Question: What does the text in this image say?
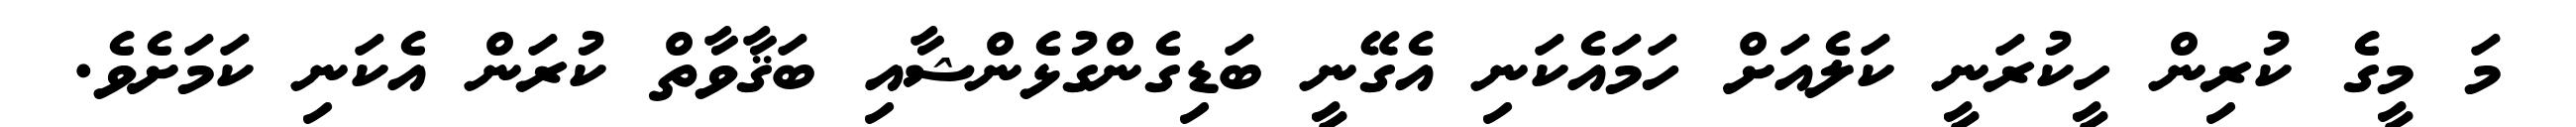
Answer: މަ މީގެ ކުރިން ހީކުރަނީ ކަލެއަށް ހަމައެކަނި އެގޭނީ ބަޑިގެންގުޅެންޝާއި ބަޤާވާތް ކުރަން އެކަނި ކަމަށެވެ.